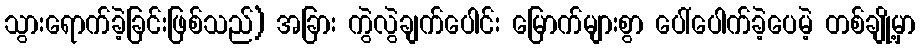
သွားရောက်ခဲ့ခြင်းဖြစ်သည်) အခြား ကွဲလွဲချက်ပေါင်း မြောက်များစွာ ပေါ်ပေါက်ခဲ့ပေမဲ့ တစ်ချို့မှာ